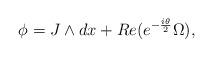
LaTeX: \begin{align*}\phi=J\wedge dx +Re(e^{-{i\theta\over2}}\Omega),\end{align*}